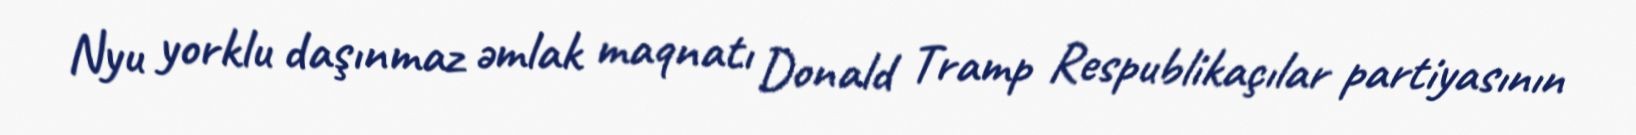
Nyu yorklu daşınmaz əmlak maqnatı Donald Tramp Respublikaçılar partiyasının